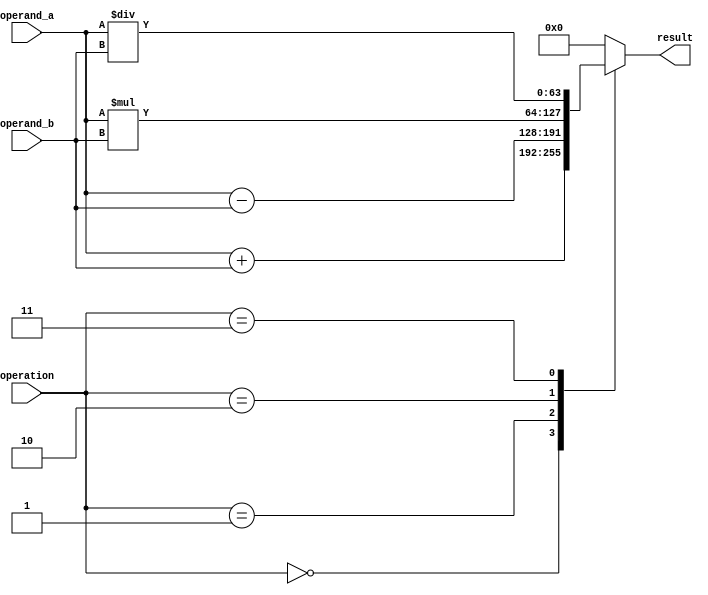
module double_precision_floating_point_unit(
  input [63:0] operand_a,
  input [63:0] operand_b,
  input [2:0] operation, // 0: addition, 1: subtraction, 2: multiplication, 3: division
  output reg [63:0] result
);

always @(*)
begin
  case(operation)
    0: result = operand_a + operand_b; // Addition
    1: result = operand_a - operand_b; // Subtraction
    2: result = operand_a * operand_b; // Multiplication
    3: result = operand_a / operand_b; // Division
    default: result = 64'h0; // Default case
  endcase
end

endmodule